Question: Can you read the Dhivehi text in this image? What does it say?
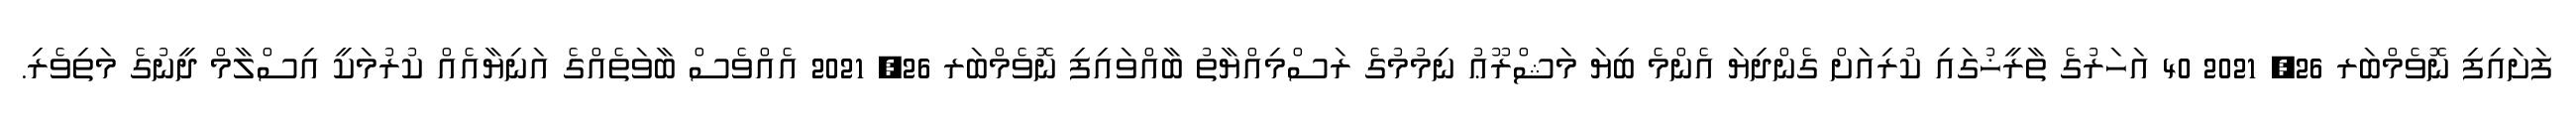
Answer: ފަށައިފި ނޮވެމްބަރ 26, 2021 40 އަހަރުގެ ތާރީޚުގައި ކުރިއަށް ގެންދިޔަ އެންމެ ބިޔަ މަޝްރޫޢު ނިމުމުގެ ރަސްމިއްޔާތު ބާއްވައިފި ނޮވެމްބަރ 26, 2021 އެއްވެސް ބާވަތެއްގެ އަނިޔާއެއް ކުރުމަކީ އިސްލާމް ދީނުގެ މަތިވެރި.